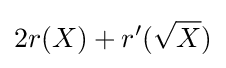
2r(X)+r^{\prime }({\sqrt {X}})